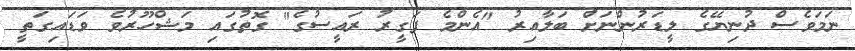
ނަމަވެސް ދުނިޔޭގެ ލީޑަރުންނަށް ބަލާއިރު "އެންމެ ފަގީރު ރައީސުގެ" ގޮތުގައި މަޝްހޫރުވެ ވަޑައިގަތީ